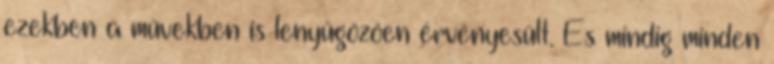
ezekben a művekben is lenyűgözően érvényesült. És mindig minden